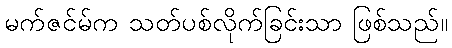
မက်ဇင်မ်က သတ်ပစ်လိုက်ခြင်းသာ ဖြစ်သည်။